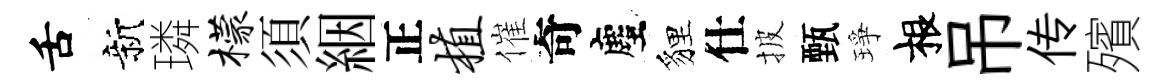
舌新璘檬須絪正植催奇塵貍仕披甄琤根吊传殯